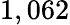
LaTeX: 1,062